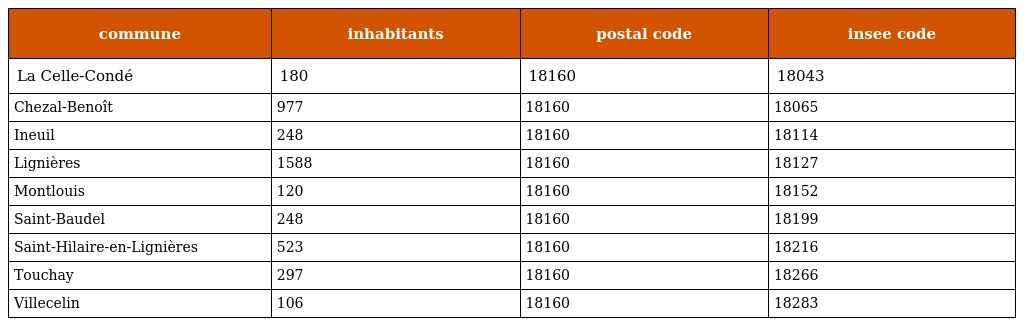
| commune | inhabitants | postal code | insee code |
 | --- | --- | --- | --- |
 | La Celle-Condé | 180 | 18160 | 18043 |
 | Chezal-Benoît | 977 | 18160 | 18065 |
 | Ineuil | 248 | 18160 | 18114 |
 | Lignières | 1588 | 18160 | 18127 |
 | Montlouis | 120 | 18160 | 18152 |
 | Saint-Baudel | 248 | 18160 | 18199 |
 | Saint-Hilaire-en-Lignières | 523 | 18160 | 18216 |
 | Touchay | 297 | 18160 | 18266 |
 | Villecelin | 106 | 18160 | 18283 |